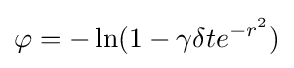
\varphi =-\ln(1-\gamma \delta te^{-r^{2}})